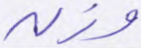
وزن